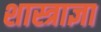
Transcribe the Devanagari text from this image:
शास्त्राज्ञा